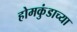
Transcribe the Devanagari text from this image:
होमकुंडाच्या